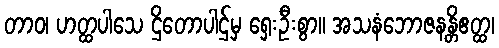
တာဝ၊ ဟတ္ထပါသေ ဌိတောပါဌ်မှ ရှေးဦးစွာ။ အသနံဘောဇနန္တိဧတ္ထ၊